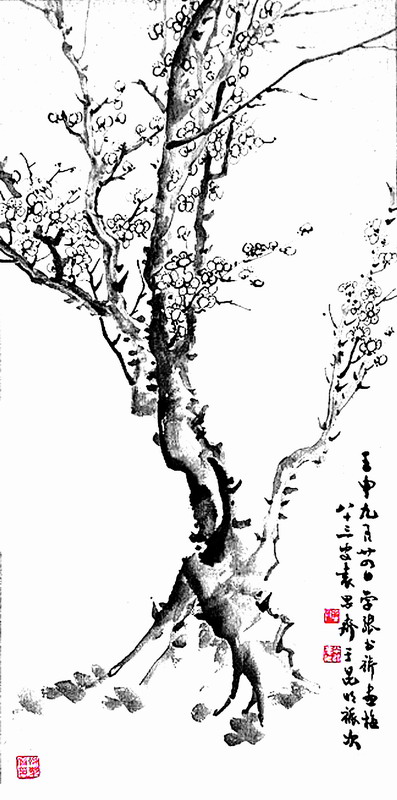
桃李不言，下自成蹊。